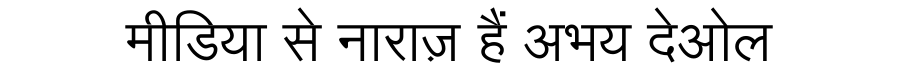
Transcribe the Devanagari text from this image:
मीडिया से नाराज़ हैं अभय देओल